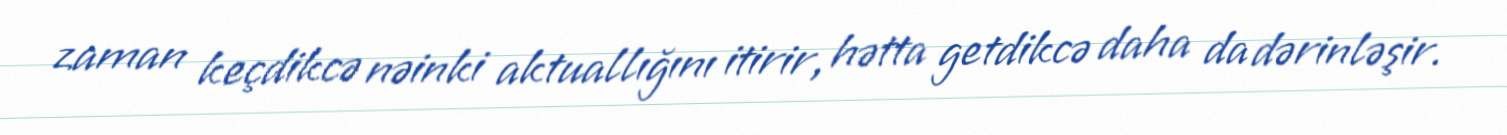
zaman keçdikcə nəinki aktuallığını itirir, hətta getdikcə daha da dərinləşir.